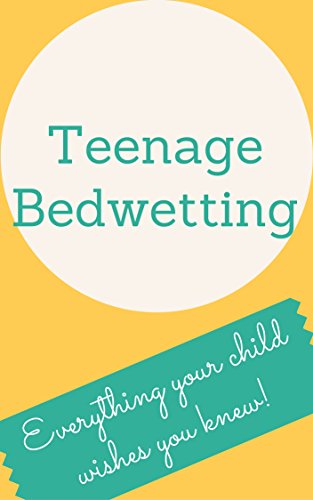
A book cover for Teenage Bedwetting: Everything your child wishes you knew!; Purity Ndung'u; Teen & Young Adult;